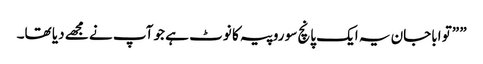
” ”تو اباجان یہ ایک پانچ سو روپیہ کا نوٹ ہے جو آپ نے مجھے دیا تھا۔